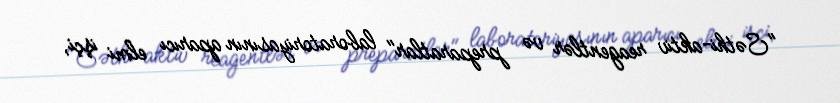
"Səthi-aktiv reagentlər və preparatlar" laboratoriyasının aparıcı elmi işçi,